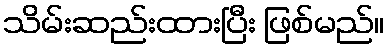
သိမ်းဆည်းထားပြီး ဖြစ်မည်။